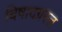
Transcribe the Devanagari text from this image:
बिषादग्रस्त